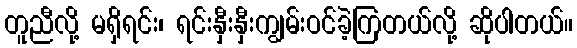
တူညီလို့ မရှိရင်း၊ ရင်းနှီးနှီးကျွမ်းဝင်ခဲ့ကြတယ်လို့ ဆိုပါတယ်။